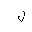
Letter: _lam